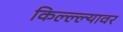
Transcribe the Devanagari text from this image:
किल्ल्ल्यावर